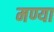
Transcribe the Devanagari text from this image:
मण्या